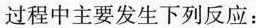
过程中主要发生下列反应：